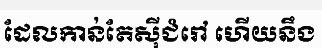
ដែលកាន់តែស៊ីជំរៅ ហើយនឹង